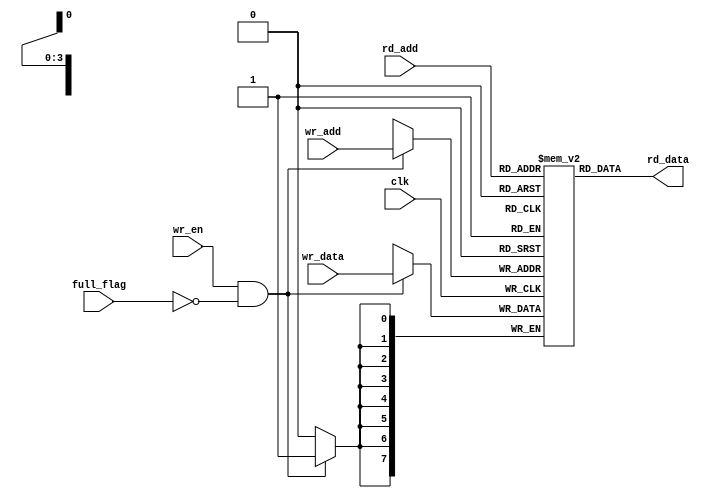
module FIFO_mem #(parameter     WIDTH = 8 ,
                                ADDR  = 4) 
(
    input  wire                 clk         ,
    //input  wire                 rst         ,

    input  wire                 wr_en       ,
    input  wire  [ADDR-1 :0]    wr_add      ,
    input  wire  [WIDTH-1:0]    wr_data     ,
    input  wire                 full_flag   ,

    //input  wire                 rd_en       ,
    input  wire  [ADDR-1 :0]    rd_add      ,
    //input  wire                 empty_flag  ,

    output wire  [WIDTH-1:0]    rd_data     
);

    localparam MEM_DEPTH = 1 << ADDR ;
    
    reg [WIDTH-1:0] mem [0:MEM_DEPTH-1] ;

always @(posedge clk) begin
    if(wr_en && !full_flag) begin
        mem[wr_add] <= wr_data ;
    end
end

assign rd_data = mem[rd_add] ;

endmodule